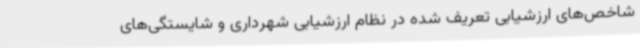
شاخص‌های ارزشیابی تعریف شده در نظام ارزشیابی شهرداری و شایستگی‌های